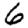
Digit: 6